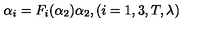
\alpha _ { i } = F _ { i } ( \alpha _ { 2 } ) \alpha _ { 2 } , ( i = 1 , 3 , T , \lambda )